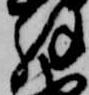
解